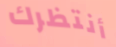
أنتظرك